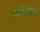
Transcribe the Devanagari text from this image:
फर्डिनांद